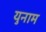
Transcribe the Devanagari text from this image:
युनाम